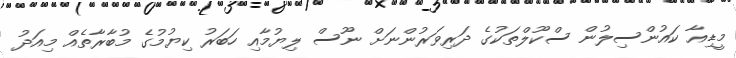
މީޑިއާ ކައުންސިލުން ސްކޫލްތަކުގެ ދަރިވަރުންނަށް ނޫސް ލިޔުމާއި ހަބަރު ކިޔުމުގެ މުބާރާތެއް މިއަދު